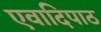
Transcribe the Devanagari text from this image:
एवादिपाठ